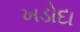
ખડોદા